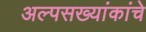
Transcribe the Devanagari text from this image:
अल्पसख्यांकांचे